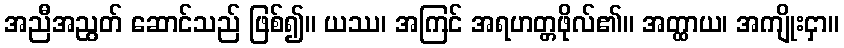
အညီအညွတ် ဆောင်သည် ဖြစ်၍။ ယဿ၊ အကြင် အရဟတ္တဖိုလ်၏။ အတ္ထာယ၊ အကျိုးငှာ။